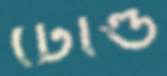
টোল্ড